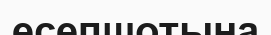
есепшотына